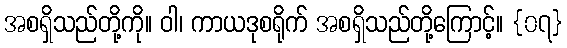
အစရှိသည်တို့ကို။ ဝါ၊ ကာယဒုစရိုက် အစရှိသည်တို့ကြောင့်။ {၀၇}